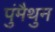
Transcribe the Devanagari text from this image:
पुंमैथुन